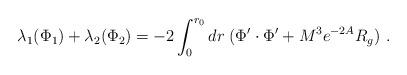
LaTeX: \begin{align*}\lambda_1 (\Phi_1) +\lambda_2 (\Phi_2) = -2\int_{0}^{r_0}dr \; ( \Phi'\cdot \Phi' + M^3e^{-2 A} R_g ) ~. \end{align*}